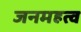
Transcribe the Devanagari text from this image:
जनमहत्व